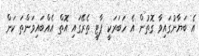
އެ ބަޔާނުގައިވާ ގޮތުން އެ ހަބަރަކީ ޕާޓީ ތެރޭގައި އޮތް އެއްބައިވަންތަ ކަން